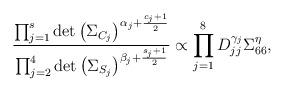
LaTeX: \begin{align*}\frac{\prod_{j=1}^{s} \det\left( \Sigma_{C_{j}} \right)^{\alpha_{j}+\frac{c_{j}+1}{2}}}{\prod_{j=2}^4 \det\left( \Sigma_{S_{j}} \right)^{\beta_{j}+\frac{s_{j}+1}{2}}}\propto \prod_{j=1}^{8} D_{jj}^{\gamma_j}\Sigma_{66}^{\eta},\end{align*}